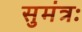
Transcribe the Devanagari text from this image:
सुमंत्रः